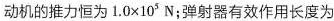
动机的推力恒为$$1 . 0 \times 1 0 ^ { 5 }$$N；弹射器有效作用长度为